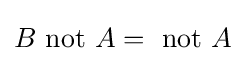
B{\text{ not }}A={\text{ not }}A